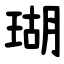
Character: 瑚